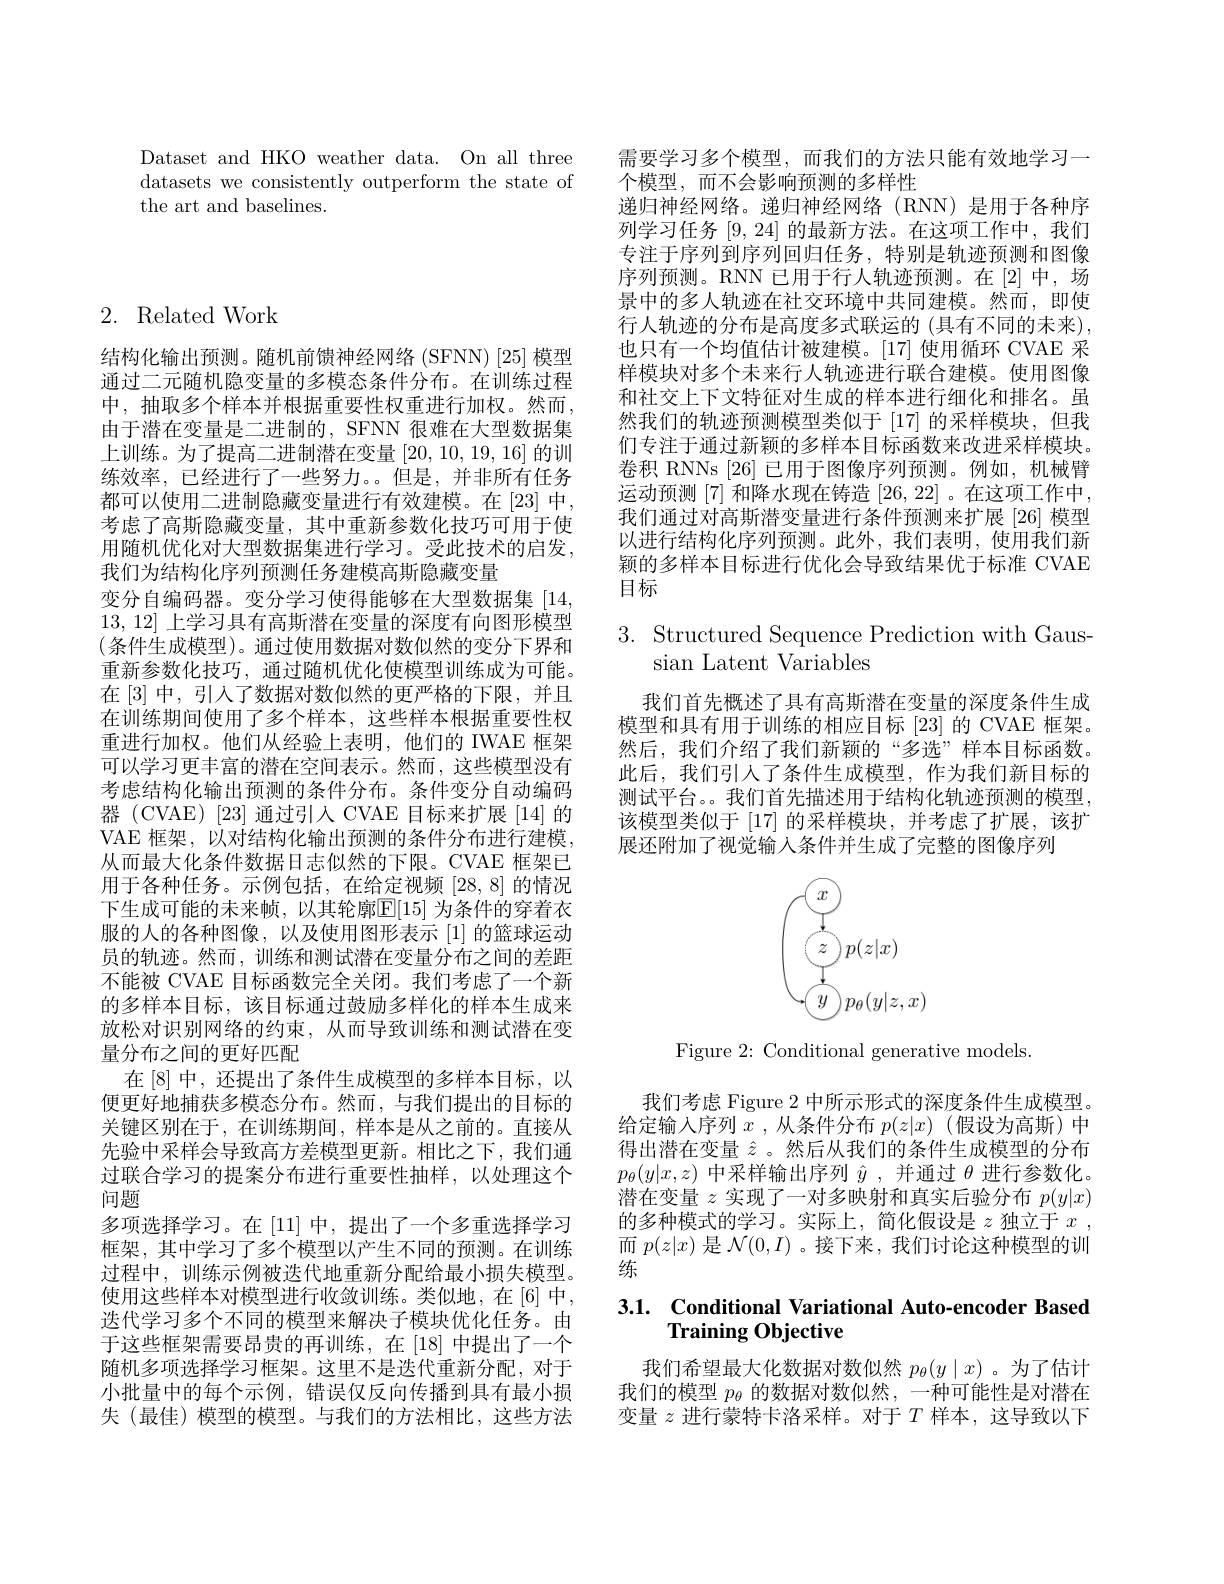
Dataset and HKO weather data. On all three datasets we consistently outperform the state of the art and baselines.

2. Related Work

结构化输出预测。随机前馈神经网络 (SFNN) [25] 模型通过二元随机隐变量的多模态条件分布。在训练过程中，抽取多个样本并根据重要性权重进行加权。然而， 由于潜在变量是二进制的，SFNN 很难在大型数据集上训练。为了提高二进制潜在变量[20,10,19,16]的训练效率，已经进行了一些努力。。但是，并非所有任务都可以使用二进制隐藏变量进行有效建模。在[23]中， 考虑了高斯隐藏变量，其中重新参数化技巧可用于使用随机优化对大型数据集进行学习。受此技术的启发， 我们为结构化序列预测任务建模高斯隐藏变量
变分自编码器。变分学习使得能够在大型数据集[14,1] 13,12]上学习具有高斯潜在变量的深度有向图形模型(条件生成模型)。通过使用数据对数似然的变分下界和重新参数化技巧，通过随机优化使模型训练成为可能。在[3] 中，引人了数据对数似然的更严格的下限，并且在训练期间使用了多个样本，这些样本根据重要性权重进行加权。他们从经验上表明，他们的 IWAE 框架可以学习更丰富的潜在空间表示。然而，这些模型没有考虑结构化输出预测的条件分布。条件变分自动编码器 (CVAE) [23] 通过引入 CVAE 目标来扩展 [14] 的VAE 框架，以对结构化输出预测的条件分布进行建模， 从而最大化条件数据日志似然的下限。CVAE 框架已用于各种任务。示例包括，在给定视频[28,8]的情况下生成可能的未来帧，以其轮廓$\mathbb{E}[15]$ 为条件的穿着衣服的人的各种图像，以及使用图形表示[1]的篮球运动员的轨迹。然而，训练和测试潜在变量分布之间的差距不能被 CVAE 目标函数完全关闭。我们考虑了一个新的多样本目标，该目标通过鼓励多样化的样本生成来放松对识别网络的约束，从而导致训练和测试潜在变量分布之间的更好匹配
在[8] 中，还提出了条件生成模型的多样本目标，以便更好地捕获多模态分布。然而，与我们提出的目标的关键区别在于，在训练期间，样本是从之前的。直接从先验中采样会导致高方差模型更新。相比之下，我们通过联合学习的提案分布进行重要性抽样，以处理这个问题
多项选择学习。在[11]中，提出了一个多重选择学习框架，其中学习了多个模型以产生不同的预测。在训练过程中，训练示例被迭代地重新分配给最小损失模型。使用这些样本对模型进行收敛训练。类似地，在[6]中， 选代学习多个不同的模型来解决子模块优化任务。由于这些框架需要昂贵的再训练，在[18]中提出了一个随机多项选择学习框架。这里不是迭代重新分配，对于小批量中的每个示例，错误仅反向传播到具有最小损失(最佳)模型的模型。与我们的方法相比，这些方法

需要学习多个模型，而我们的方法只能有效地学习一
个模型，而不会影响预测的多样性
递归神经网络。递归神经网络(RNN)是用于各种序列学习任务[9,24]的最新方法。在这项工作中，我们专注于序列到序列回归任务，特别是轨迹预测和图像序列预测。RNN 已用于行人轨迹预测。在[2]中，场景中的多人轨迹在社交环境中共同建模。然而，即使行人轨迹的分布是高度多式联运的 (具有不同的未来), 也只有一个均值估计被建模。[17] 使用循环 CVAE 采样模块对多个未来行人轨迹进行联合建模。使用图像和社交上下文特征对生成的样本进行细化和排名。虽然我们的轨迹预测模型类似于 [17] 的采样模块，但我们专注于通过新颖的多样本目标函数来改进采样模块。卷积 RNNs [26]已用于图像序列预测。例如，机械臂运动预测[7]和降水现在铸造[26,22]。在这项工作中我们通过对高斯潜变量进行条件预测来扩展[26] 模型以进行结构化序列预测。此外，我们表明，使用我们新颖的多样本目标进行优化会导致结果优于标准 CVAE 目标

$3.{\mathrm{~Structured~Sequence~Prediction~with~Gaus-}}$
sian Latent Variables

我们首先概述了具有高斯潜在变量的深度条件生成模型和具有用于训练的相应目标[23]的 CVAE 框架。然后，我们介绍了我们新颖的“多选”样本目标函数。此后，我们引人了条件生成模型，作为我们新目标的测试平台。。我们首先描述用于结构化轨迹预测的模型， 该模型类似于[17] 的采样模块，并考虑了扩展，该扩展还附加了视觉输入条件并生成了完整的图像序列

<FigureHere>

Figure 2: Conditional generative models

我们考虑 Figure 2 中所示形式的深度条件生成模型。给定输入序列$x$ ,从条件分布$p(z|x)$ (假设为高斯)中得出潜在变量$\hat{z}$ 。然后从我们的条件生成模型的分布$p_{\theta}(y|x,z)$中采样输出序列$\hat{y}$,并通过$\theta$进行参数化。潜在变量$z$实现了一对多映射和真实后验分布$p(y|x)$ 的多种模式的学习。实际上，简化假设是$z$独立于$x$ , 而$p(z|x)$是$\mathcal{N}(0,I)$ 。接下来，我们讨论这种模型的训练

# 3.1. $\textbf{Conditional Variational Auto- encoder Based}$ Training Objective

我们希望最大化数据对数似然$p_\theta(y\mid x)$ 。为了估计我们的模型$p_\theta$的数据对数似然，一种可能性是对潜在变量$z$进行蒙特卡洛采样。对于$T$样本，这导致以下